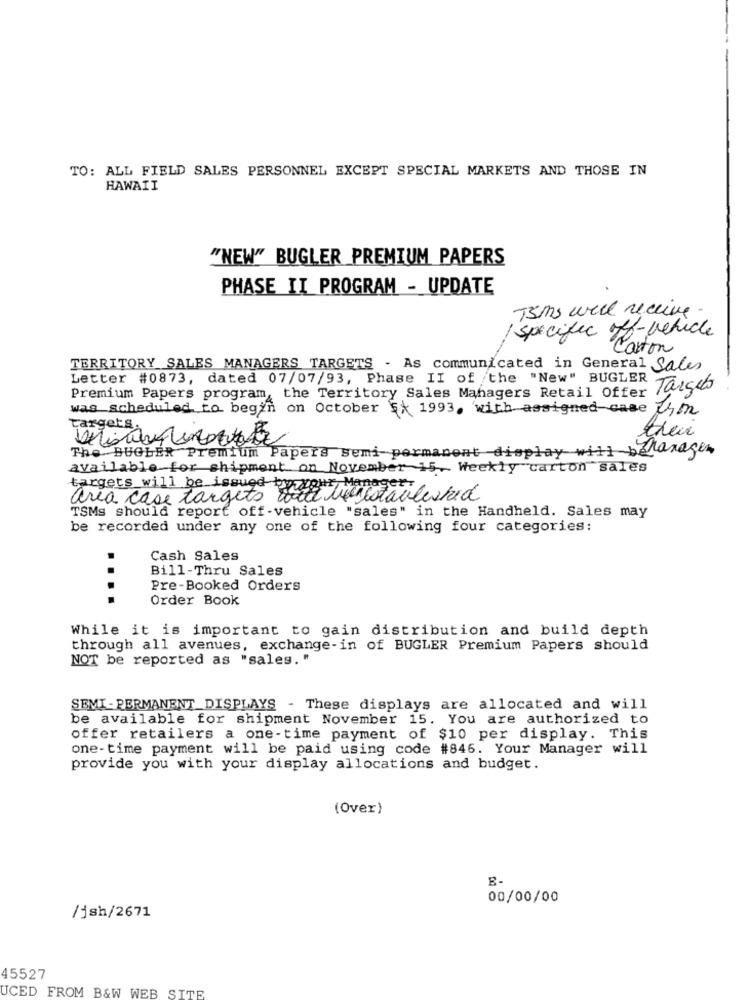
TO: ALL FIELD SALES PERSONNEL EXCEPT SPECIAL MARKETS AND THOSE IN
HAWAII
"NEW" BUGLER PREMIUM PAPERS
PHASE II PROGRAM - UPDATE
T3ms will receive
specific off-vehicle
aston
TERRITORY SALES MANAGERS TARGETS - As communicated in General Sales
Letter #0873, dated 07/07/93, Phase II of the "New" BUGLER
Targets
Premium Papers program, the Territory Sales Managers Retail Offer
was scheduled to begin on October 5 1993, with assigned case &m
targets.
The BUGLER Premium Papers Semi permanent display will belasagen
available for shipment on November 15- Weekly carton sales
targets will be issued by
area case targets wil be established
TSMs should report off -vehicle "sales" in the Handheld. Sales may
be recorded under any one of the following four categories:
Cash Sales
Bill-Thru Sales
Pre-Booked Orders
....
Order Book
While it is important to gain distribution and build depth
through all avenues, exchange-in of BUGLER Premium Papers should
NOT be reported as "sales. "
SEMI-PERMANENT_DISPLAYS - These displays are allocated and will
be available for shipment November 15. You are authorized to
offer retailers a one-time payment of $10 per display. This
one-time payment will be paid using code #846. Your Manager will
provide you with your display allocations and budget.
(Over)
E-
00/00/00
/jsh/2671
45527
UCED FROM B&W WEB SITE